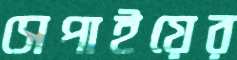
সেপাইয়ের